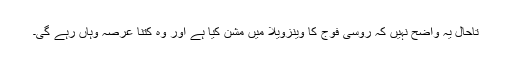
تاحال یہ واضح نہیں کہ روسی فوج کا وینزویلا میں مشن کیا ہے اور وہ کتنا عرصہ وہاں رہے گی۔